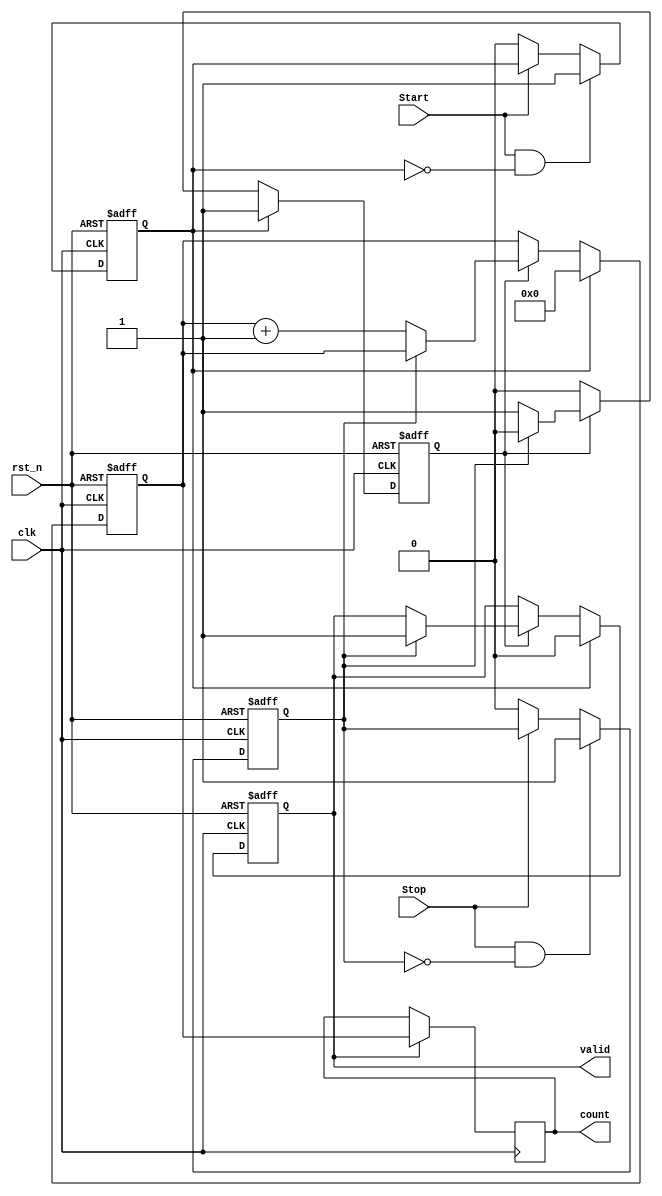
module TDC (
    input wire clk,        // High-frequency clock
    input wire rst_n,     // Active low reset
    input wire Start,     // Start signal
    input wire Stop,      // Stop signal
    output reg [15:0] count, // 16-bit output for time interval
    output reg valid      // Output valid signal
);

    // Parameters for delay line characteristics
    parameter DELAY_STAGES = 10; // Number of delay stages
    parameter COUNTER_WIDTH = 16; // Width of the counter

    reg [COUNTER_WIDTH-1:0] counter; // Digital counter
    reg [DELAY_STAGES-1:0] delay_line [0:DELAY_STAGES-1]; // Delay line
    reg start_flag, stop_flag; // Flags for start and stop events
    reg counting; // State to indicate if counting is happening

    // Clock Generation (not shown here, assume clk is provided)
    // In real implementation, this could use a PLL or ring oscillator.

    // Start and Stop Signal Detection using Edge Triggered Flip-Flops
    always @(posedge clk or negedge rst_n) begin
        if (!rst_n) begin
            start_flag <= 1'b0;
            stop_flag <= 1'b0;
        end else begin
            // Detect rising edge for Start and Stop signals
            if (Start && !start_flag) start_flag <= 1'b1;
            else if (!Start) start_flag <= 1'b0;

            if (Stop && !stop_flag) stop_flag <= 1'b1;
            else if (!Stop) stop_flag <= 1'b0;
        end
    end

    // Time Measurement Unit
    always @(posedge clk or negedge rst_n) begin
        if (!rst_n) begin
            counter <= 0;
            counting <= 1'b0;
            valid <= 1'b0;
        end else if (start_flag) begin
            // Reset counter on Start signal
            counter <= 0;
            counting <= 1'b1;
            valid <= 1'b0;
        end else if (counting) begin
            // Increment counter on clock edge
            if (!stop_flag) begin
                counter <= counter + 1;
            end else begin
                counting <= 1'b0; // Stop counting when Stop signal detected
                valid <= 1'b1;    // Indicate valid output
            end
        end
    end

    // Assign count output
    always @(posedge clk) begin
        if (valid) begin
            count <= counter; // Output the measured time interval
        end
    end

endmodule